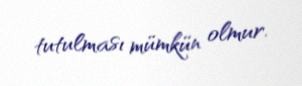
tutulması mümkün olmur.